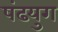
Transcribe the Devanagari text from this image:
षंढयुग